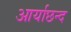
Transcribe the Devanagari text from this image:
आर्याछन्द